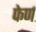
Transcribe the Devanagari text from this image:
फेर्ण